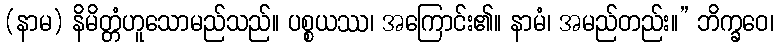
(နာမ) နိမိတ္တံဟူသောမည်သည်။ ပစ္စယဿ၊ အကြောင်း၏။ နာမံ၊ အမည်တည်း။” ဘိက္ခဝေ၊